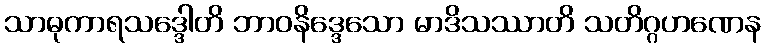
သာဓုကာရသဒ္ဒေါတိ ဘာဝနိဒ္ဒေသော မာဒိသဿာတိ သတိဂ္ဂဟဏေန